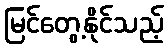
မြင်တွေ့နိုင်သည့်